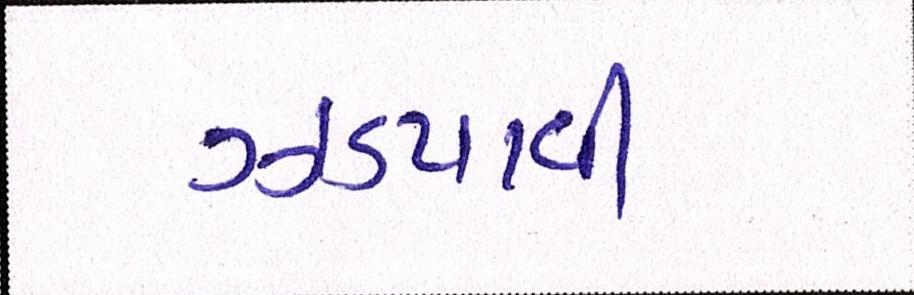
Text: ઝડપાવી